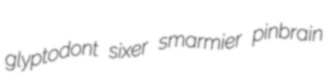
glyptodont sixer smarmier pinbrain